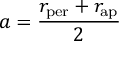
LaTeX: a = { \frac { r _ { \mathrm { p e r } } + r _ { \mathrm { a p } } } { 2 } }